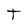
Character: T